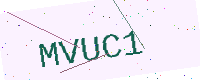
Text: MVUC1